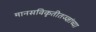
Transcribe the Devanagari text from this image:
मानसविकृतीतज्ज्ञांच्या